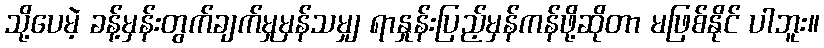
သို့ပေမဲ့ ခန့်မှန်းတွက်ချက်မှုမှန်သမျှ ရာနှုန်းပြည့်မှန်ကန်ဖို့ဆိုတာ မဖြစ်နိုင် ပါဘူး။